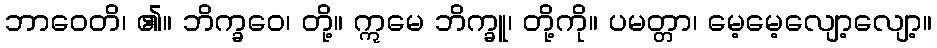
ဘာဝေတိ၊ ၏။ ဘိက္ခဝေ၊ တို့။ ဣမေ ဘိက္ခူ၊ တို့ကို။ ပမတ္တာ၊ မေ့မေ့လျော့လျော့။